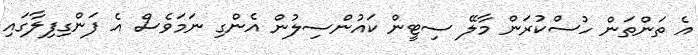
އެ ތަންތަން ހުސްކުރަން މާލޭ ސިޓީން ކައުންސިލުން އެންގި ނަމަވެސް އެ ފަންގިފިލާގައި